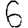
Digit: 6